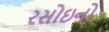
રસોઇનો